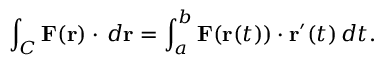
\int _ { C } \mathbf { F } ( \mathbf { r } ) \cdot \, d \mathbf { r } = \int _ { a } ^ { b } \mathbf { F } ( \mathbf { r } ( t ) ) \cdot \mathbf { r } ^ { \prime } ( t ) \, d t .